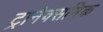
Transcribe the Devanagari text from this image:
ट्रानेक्समिक